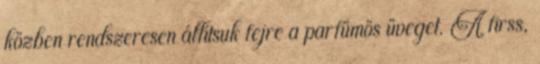
közben rendszeresen állítsuk fejre a parfümös üveget. A firss,